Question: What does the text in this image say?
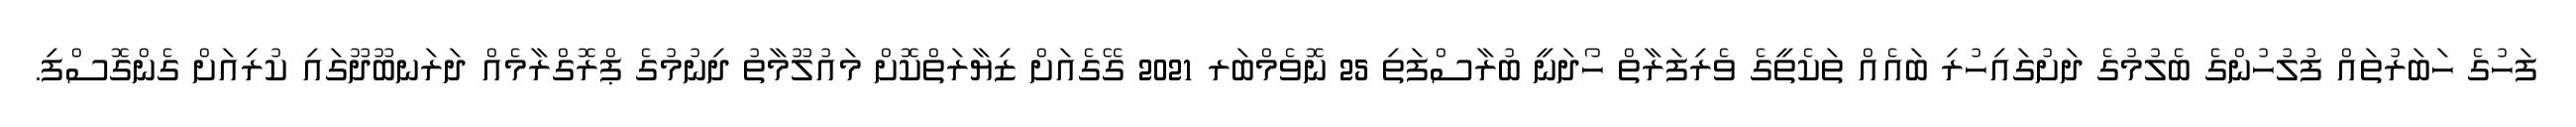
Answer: ފަހުގެ ހަބަރުތައް ފުލުހުންގެ ބެލުމުގެ ދަށުގައިހުރި ބައެއް ތަކެތީގެ ވެރިފަރާތް ހޯދަނީ ބުރާސްފަތި 25 ނޮވެމްބަރ 2021 ގޭގެއަށް ޒިޔާރަތްކޮށް މައުލޫމާތު ދިނުމުގެ ޕްރޮގްރާމެއް ދަރަނބޫދޫގައި ކުރިއަށް ގެންގޮސްފި.